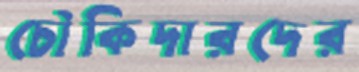
চৌকিদারদের